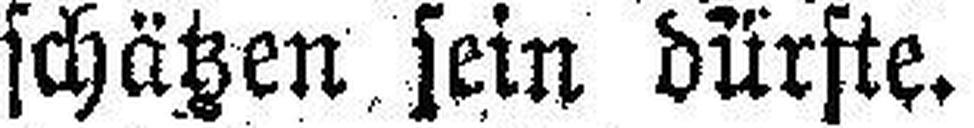
schätzen sein dürfte.